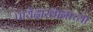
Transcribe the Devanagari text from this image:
पायेंदाखानाच्या